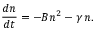
\frac { d n } { d t } = - B n ^ { 2 } - \gamma \, n .